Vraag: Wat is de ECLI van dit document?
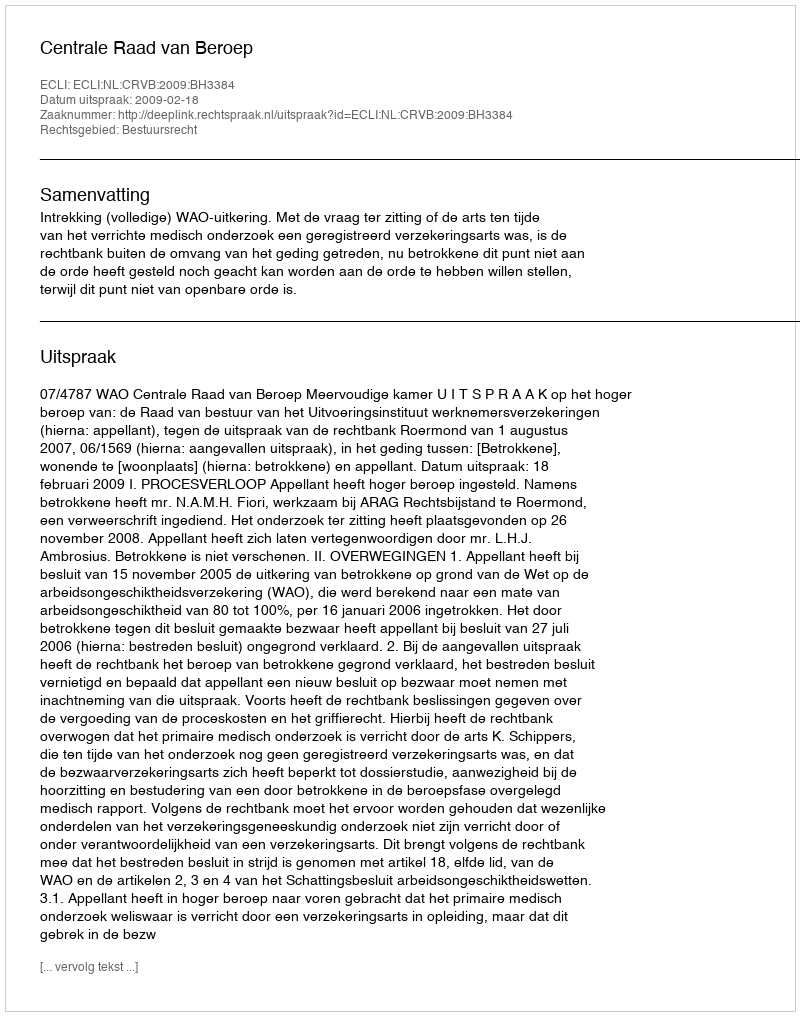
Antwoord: ECLI:NL:CRVB:2009:BH3384